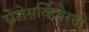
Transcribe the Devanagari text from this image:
रोशेसर्व्हियेरची